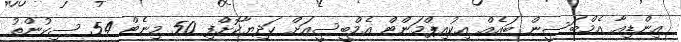
އިންޑިއާ އެމްބަސީން ބައެއް އިކުއިޕްމަންޓް އެމްބީސީއަށް ހަދިޔާކޮށްފި 50 މިނެޓް 54 ސިކުންތު